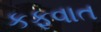
કફવાત